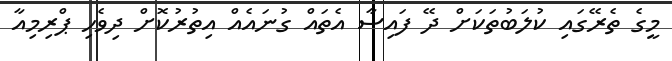
މީގެ ތެރޭގައި ކުލަބުތަކަށް ދޭ ފައިސާ އެތައް ގުނައެއް އިތުރުކޮށް ދިވެހި ޕްރިމިއާ